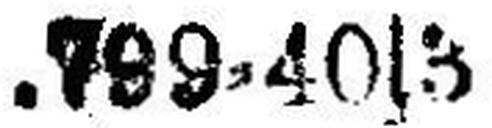
799=40|3